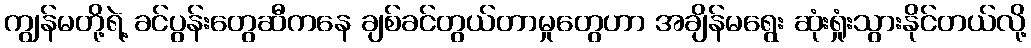
ကျွန်မတို့ရဲ့ ခင်ပွန်းတွေဆီကနေ ချစ်ခင်တွယ်တာမှုတွေဟာ အချိန်မရွေး ဆုံးရှုံးသွားနိုင်တယ်လို့